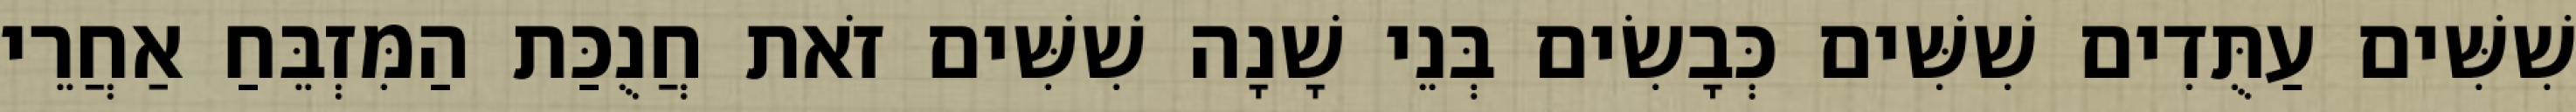
שִׁשִּׁים עַתֻּדִים שִׁשִּׁים כְּבָשִׂים בְּנֵי שָׁנָה שִׁשִּׁים זֹאת חֲנֻכַּת הַמִּזְבֵּחַ אַחֲרֵי